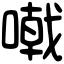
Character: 𠽤